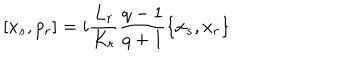
LaTeX: [ x _ { s } , p _ { r } ] = i \frac { L _ { r } } { K _ { r } } \frac { q - 1 } { q + 1 } \{ x _ { s } , x _ { r } \}